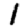
Digit: 1